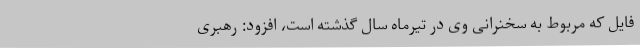
فایل که مربوط به سخنرانی وی در تیرماه سال گذشته است، افزود: رهبری